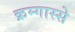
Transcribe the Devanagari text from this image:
क्रम्गास्से